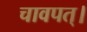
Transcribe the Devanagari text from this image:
चावपत्।